Report on the Civil Veterinary Department, Eastern Bengal and Assam - 1907-1911
Year: 1907
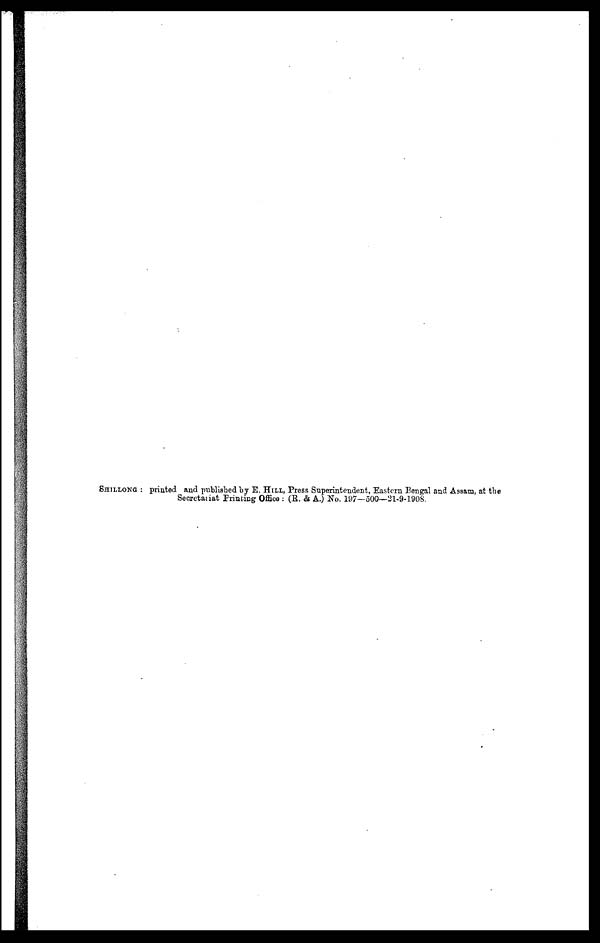
SHILLONG : printed and published by E. HILL, Press Superintendent, Eastern Bengal and Assam, at the
Secretariat printing Office : (R. & A.) No. 197—500—21-9-1908.